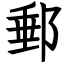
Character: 郵